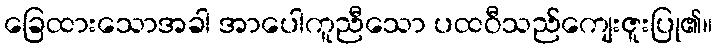
ခြေထားသောအခါ အာပေါကူညီသော ပထဝီသည်ကျေးဇူးပြု၏။